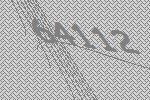
64112